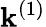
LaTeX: \mathbf{k}^{(1)}